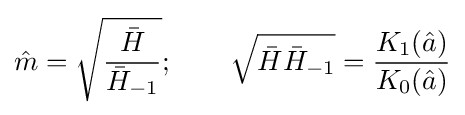
{\hat {m}}={\sqrt {\frac {\bar {H}}{{\bar {H}}_{-1}}}};\qquad {\sqrt {{\bar {H}}{\bar {H}}_{-1}}}={\frac {K_{1}({\hat {a}})}{K_{0}({\hat {a}})}}